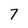
Character: 7